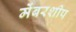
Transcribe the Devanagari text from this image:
मेंबरशीप